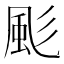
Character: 颩